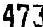
473